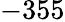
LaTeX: -355